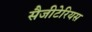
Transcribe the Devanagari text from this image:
सैजीटेरियस